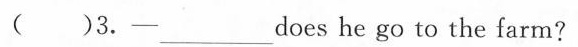
( )3.-___does he go to the farm?